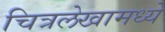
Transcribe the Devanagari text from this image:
चित्रलेखामध्ये